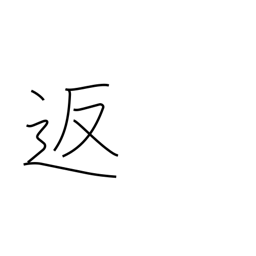
Meaning: return